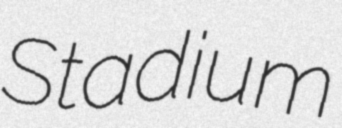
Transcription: Stadium